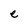
Character: e